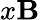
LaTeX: x\mathbf{B}